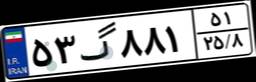
۰۱گ۱۷۰۶۴